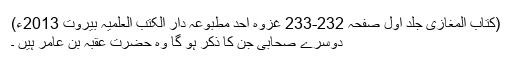
(کتاب المغازی جلد اوّل صفحہ 232-233 غزوہ اُحُد مطبوعہ دار الکتب العلمیہ بیروت 2013ء)
دوسرے صحابی جن کا ذکر ہو گا وہ حضرت عُقْبَہ بن عامِر ہیں ۔